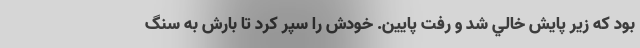
بود كه زير پايش خالي شد و رفت پايين. خودش را سپر كرد تا بارش به سنگ